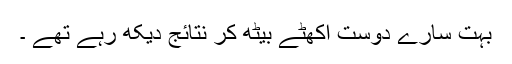
بہت سارے دوست اکھٹے بیٹھ کر نتائج دیکھ رہے تھے ۔